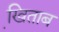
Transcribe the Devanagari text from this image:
खि़ताब